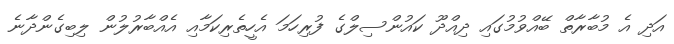
އަދި އެ މުބާރާތް ބޭއްވުމުގައި ދިއްދޫ ކައުންސިލްގެ ފުރިހަމަ އެހީތެރިކަމާއި އެއްބާރުލުން ލިބިގެންދާނެ